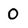
Character: 0